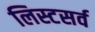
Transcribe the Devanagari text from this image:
लिस्टसर्व